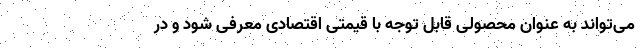
می‌تواند به عنوان محصولی قابل توجه با قیمتی اقتصادی معرفی شود و در